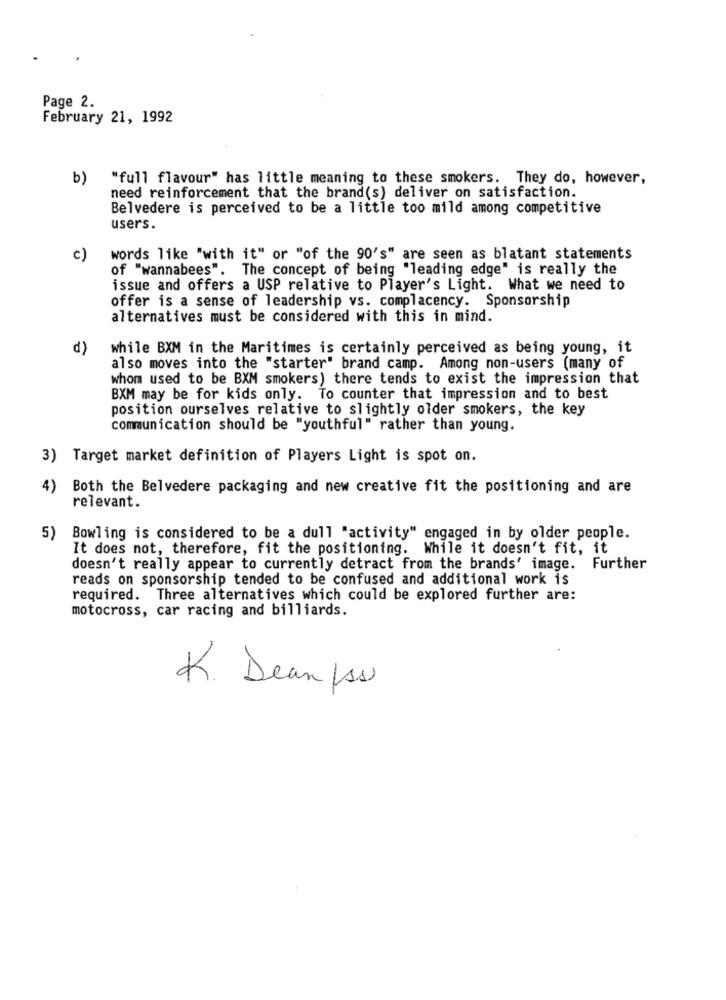
Page 2.
February 21, 1992
b) "full flavour" has little meaning to these smokers. They do, however,
need reinforcement that the brand(s) deliver on satisfaction.
Belvedere is perceived to be a little too mild among competitive
users.
c)
words like "with it" or "of the 90's" are seen as blatant statements
of "wannabees". The concept of being "leading edge" is really the
issue and offers a USP relative to Player's Light. What we need to
offer is a sense of leadership vs. complacency. Sponsorship
alternatives must be considered with this in mind.
d)
while BXM in the Maritimes is certainly perceived as being young, it
also moves into the "starter" brand camp. Among non-users (many of
whom used to be BXM smokers) there tends to exist the impression that
BXM may be for kids only. To counter that impression and to best
position ourselves relative to slightly older smokers, the key
communication should be "youthful" rather than young.
3) Target market definition of Players Light is spot on.
4)
Both the Belvedere packaging and new creative fit the positioning and are
relevant.
5) Bowling is considered to be a dull "activity" engaged in by older people.
It does not, therefore, fit the positioning. While it doesn't fit, it
doesn't really appear to currently detract from the brands' image. Further
reads on sponsorship tended to be confused and additional work is
required. Three alternatives which could be explored further are:
motocross, car racing and billiards.
K. Dean (ss)